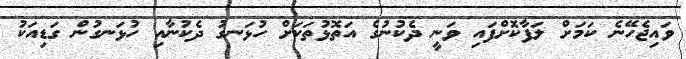
ވައިޖެހޭނެ ކަމަށް ލަފާކޮށްފައި ވަނީ ދެކުނުގެ އަތޮޅުތަކަށް ހުޅަނގު ދެކުނާއި ހުޅަނގުން ގަޑިއަކު